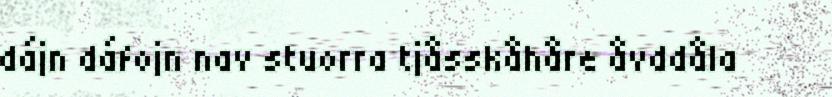
dájn dáfojn nav stuorra tjåsskåhåre åvddåla